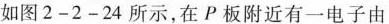
如图2-2-24所示，在P板附近有一电子由